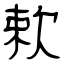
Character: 欶